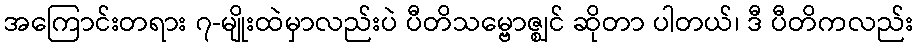
အကြောင်းတရား ၇-မျိုးထဲမှာလည်းပဲ ပီတိသမ္ဗောဇ္ဈင် ဆိုတာ ပါတယ်၊ ဒီ ပီတိကလည်း